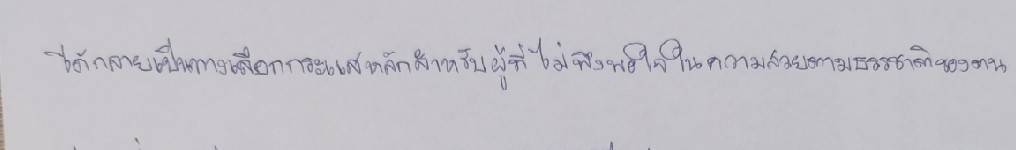
ได้กลายเป็นทางเลือกกระแสหลักสำหรับผู้ที่ไม่พึงพอใจในความสวยตามธรรมชาติของตน